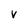
Character: V